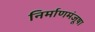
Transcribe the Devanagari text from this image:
निर्माणमंजूषा